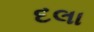
દલા